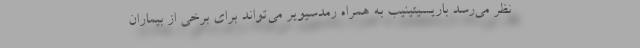
نظر می‌رسد باریسیتینیب به همراه رمدسیویر می‌تواند برای برخی از بیماران